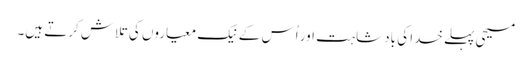
‏ مسیحی پہلے خدا کی بادشاہت اور اُس کے نیک معیاروں کی تلاش کرتے ہیں۔